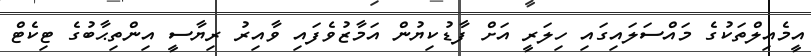
އީމެއިލްތަކުގެ މައްސަލައިގައި ހިލަރީ އަށް ފާޑުކިޔުން އަމާޒުވެފައި ވާއިރު ރިޔާސީ އިންތިޙާބުގެ ޓިކެޓް